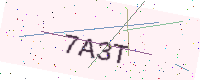
Text: 7A3T